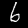
Digit: 6